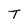
Character: T